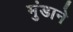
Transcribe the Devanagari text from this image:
मुंडाने